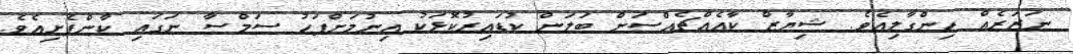
ނަޒަރެއް ހިންގާލިއެވެ. ޝިޔާޒް ކާއެއްޗެއްސަށް ބަލަން ކުޑައިރުކޮޅަކު އިނުމަށްފަހު ސަމްސާ ނަގައި ކާންފެށިއެވެ.